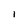
Character: I